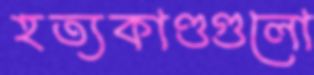
হত্যকাণ্ডগুলো